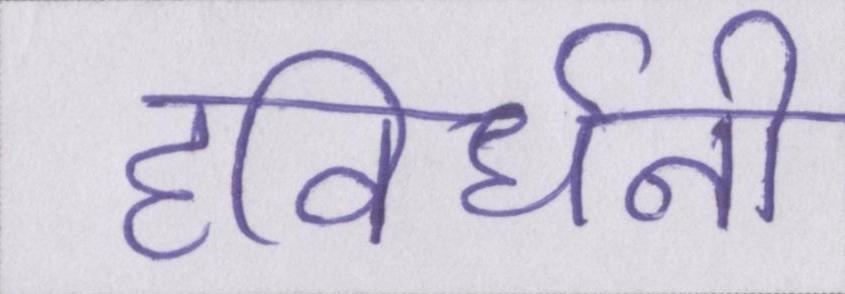
हविर्धनी